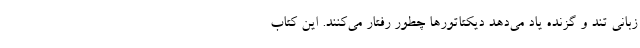
زبانی تند و گزنده یاد می‌دهد دیکتاتورها چطور رفتار می‌کنند. این کتاب